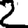
Digit: 2